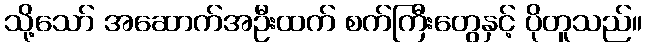
သို့သော် အဆောက်အဦးထက် စက်ကြီးတွေနှင့် ပိုတူသည်။